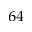
_ { 6 4 }